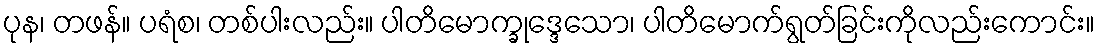
ပုန၊ တဖန်။ ပရံစ၊ တစ်ပါးလည်း။ ပါတိမောက္ခုဒ္ဒေသော၊ ပါတိမောက်ရွတ်ခြင်းကိုလည်းကောင်း။